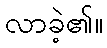
လာခဲ့၏။